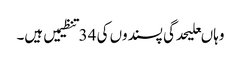
وہاںعلیحدگی پسندوں کی 34تنظیمیں ہیں۔